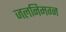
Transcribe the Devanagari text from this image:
जलनिमग्न